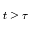
t \geq \tau